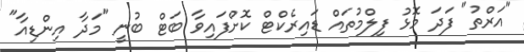
"އަރްތު" ފަދަ މޮޅު ފިލްމުތައް ޑައިރެކްޓް ކޮށްފައިވާ ބަޓް ބުނީ "މަދާ އިންޑިއާ"